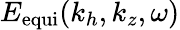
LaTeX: E_{\mathrm{equi}}(k_{h},k_{z},\omega)